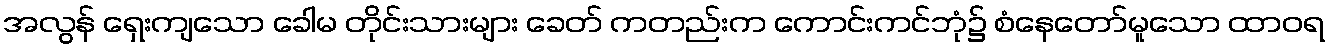
အလွန် ရှေးကျသော ခေါမ တိုင်းသားများ ခေတ် ကတည်းက ကောင်းကင်ဘုံ၌ စံနေတော်မူသော ထာဝရ